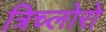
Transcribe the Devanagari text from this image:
त्रिच्लोरो